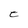
Character: e